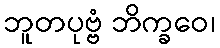
ဘူတပုဗ္ဗံ ဘိက္ခဝေ၊